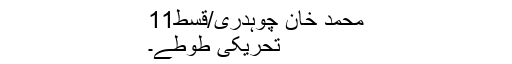
محمد خان چوہدری/قسط11
تحریکی طوطے۔